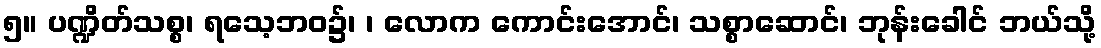
၅။ ပဏ္ဍိတ်သစ္စ၊ ရသေ့ဘဝ၌၊ ၊ လောက ကောင်းအောင်၊ သစ္စာဆောင်၊ ဘုန်းခေါင် ဘယ်သို့